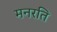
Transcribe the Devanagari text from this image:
मनरति